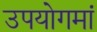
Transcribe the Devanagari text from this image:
उपयोगमां